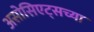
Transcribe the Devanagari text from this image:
असोसिएट्सच्या